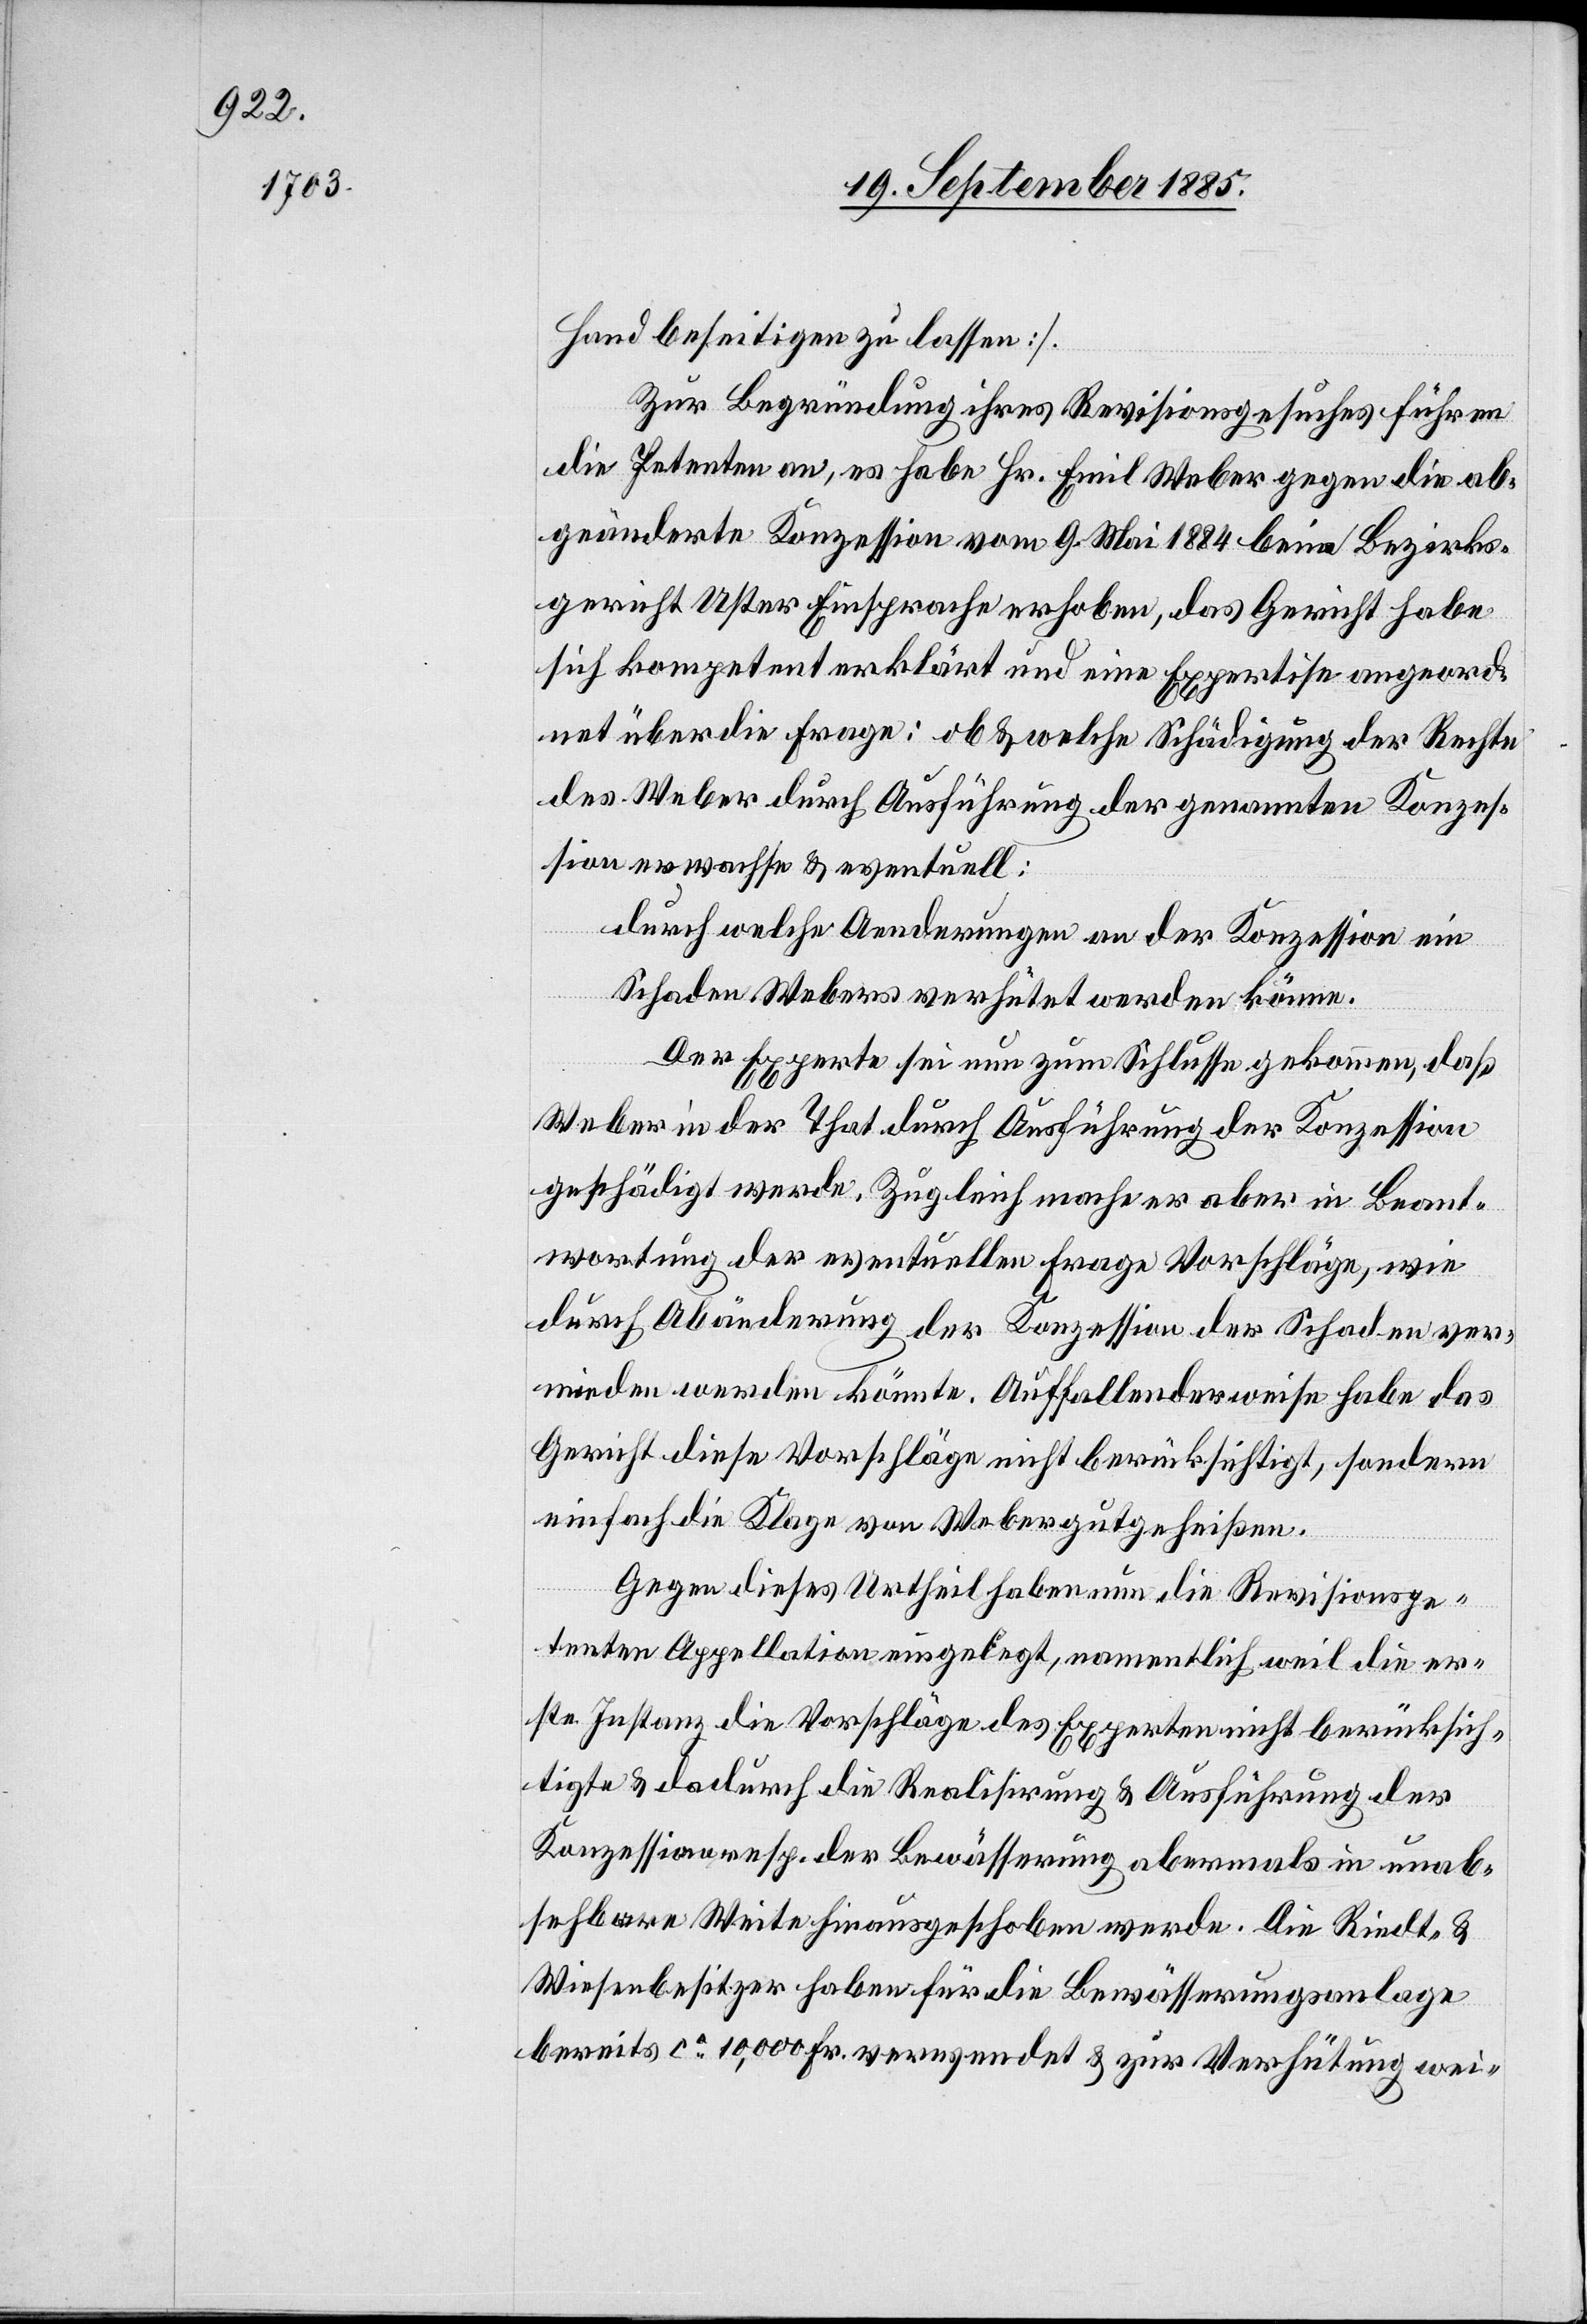
Hand beseitigen zu lassen
Zur Begründung ihres Revisionsgesuches führen
die Petenten an, es habe Hr. Emil Weber gegen die ab¬
geänderte Konzession vom 9. Mai 1884 beim Bezirks¬
gericht Uster Einsprache erhoben, das Gericht habe
sich kompetent erklärt und eine Expertise angeord¬
net über die Frage: ob & welche Schädigung der Rechte
des Weber durch Ausführung der genannten Konzes¬
sion erwachse & eventuell:
durch welche Aenderungen an der Konzession ein
Schaden Webers verhütet werden könne.
Der Experte sei nun zum Schlusse gekommen, daß
Weber in der That durch Ausführung der Konzession
geschädigt werde. Zugleich mache er aber in Beant¬
wortung der eventuellen Frage Vorschläge, wie
durch Abänderung der Konzession der Schaden ver¬
mieden werden könnte. Auffallenderweise habe das
Gericht diese Vorschläge nicht berücksichtigt, sondern
einfach die Klage von Weber gutgeheißen.
Gegen dieses Urtheil haben nun die Revisionspe¬
tenten Appellation eingelegt, namentlich weil die er¬
ste Instanz die Vorschläge des Experten nicht berücksich¬
tigte & dadurch die Realisirung & Ausführung der
Konzession resp. der Bewässerung abermals in unab¬
sehbare Weite hinausgeschoben werde. Die Riedt- &
Wiesenbesitzer haben für die Bewässerungsanlage
bereits ca 10,000 Fr. verwendet & zur Verhütung wei-